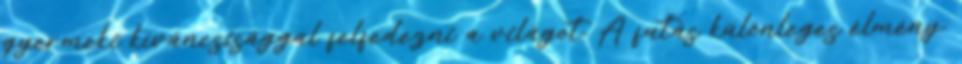
gyermeki kíváncsisággal felfedezni a világot. A futás különleges élmény.